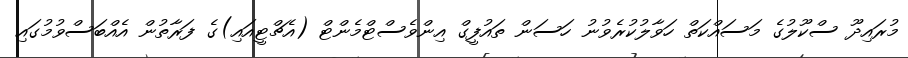
މުރައިދޫ ސްކޫލުގެ މަސައްކަތް ހަވާލުކުރެވުނު ހަސަން ތައުފީގް އިންވެސްޓްމެންޓް (އެޗްޓީއައި)ގެ ފަރާތުން އެއްބަސްވުމުގައި